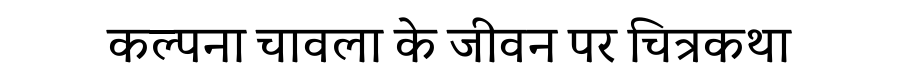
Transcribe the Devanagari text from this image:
कल्पना चावला के जीवन पर चित्रकथा